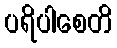
ပရိပါစေတိ